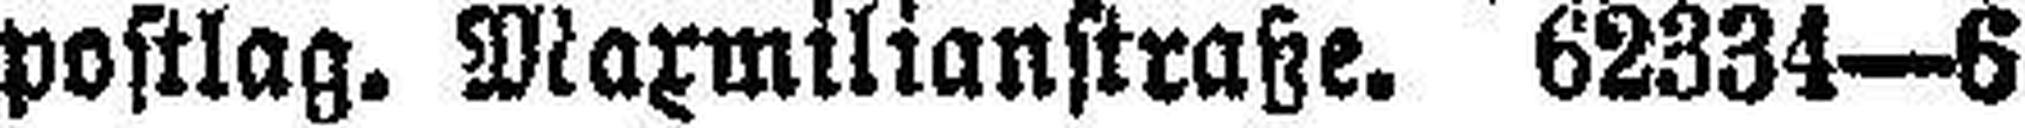
postlag. Maxmilianstraße. 62334—6